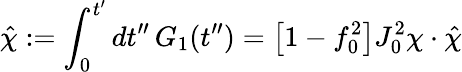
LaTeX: \hat{\chi}:=\int_{0}^{t^{\prime}}dt^{\prime\prime}\, G_{1}(t^{\prime\prime})=\big[1-f_{0}^{2}\big]J_{0}^{2}\chi\cdot\hat{\chi}